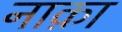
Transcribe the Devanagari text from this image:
नाक़ा